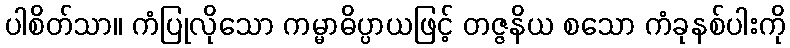
ပါစိတ်သာ။ ကံပြုလိုသော ကမ္မာဓိပ္ပာယဖြင့် တဇ္ဇနိယ စသော ကံခုနစ်ပါးကို